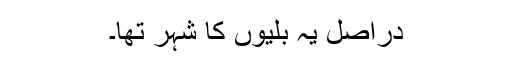
دراصل یہ بلّیوں کا شہر تھا۔